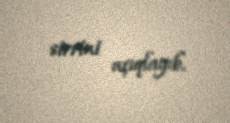
sirrini açıqlayıb.